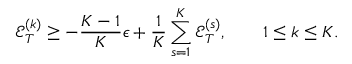
{ \mathcal E } _ { T } ^ { ( k ) } \ge - \frac { K - 1 } K \epsilon + \frac { 1 } { K } \sum _ { s = 1 } ^ { K } { \mathcal E } _ { T } ^ { ( s ) } , \qquad 1 \le k \le K .